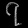
Digit: ၇